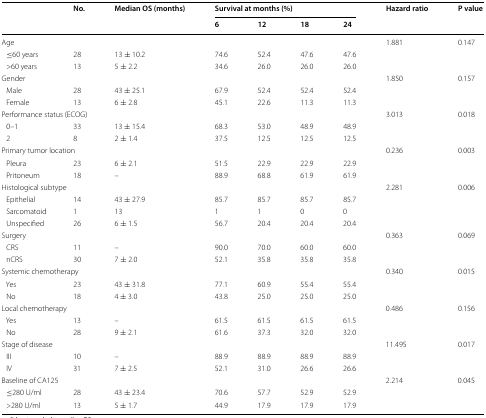
<table><thead><tr><td rowspan="2"></td><td rowspan="2"><b>No.</b></td><td rowspan="2"><b>Median OS (months)</b></td><td colspan="4"><b>Survival at months (%)</b></td><td rowspan="2"><b>Hazard ratio</b></td><td rowspan="2"><b>P value</b></td></tr><tr><td><b>6</b></td><td><b>12</b></td><td><b>18</b></td><td><b>24</b></td></tr></thead><tbody><tr><td colspan="7">Age</td><td>1.881</td><td>0.147</td></tr><tr><td> ≤60 years</td><td>28</td><td>13 ± 10.2</td><td>74.6</td><td>52.4</td><td>47.6</td><td>47.6</td><td></td><td></td></tr><tr><td> &gt;60 years</td><td>13</td><td>5 ± 2.2</td><td>34.6</td><td>26.0</td><td>26.0</td><td>26.0</td><td></td><td></td></tr><tr><td colspan="7">Gender</td><td>1.850</td><td>0.157</td></tr><tr><td> Male</td><td>28</td><td>43 ± 25.1</td><td>67.9</td><td>52.4</td><td>52.4</td><td>52.4</td><td></td><td></td></tr><tr><td> Female</td><td>13</td><td>6 ± 2.8</td><td>45.1</td><td>22.6</td><td>11.3</td><td>11.3</td><td></td><td></td></tr><tr><td colspan="7">Performance status (ECOG)</td><td>3.013</td><td>0.018</td></tr><tr><td> 0–1</td><td>33</td><td>13 ± 15.4</td><td>68.3</td><td>53.0</td><td>48.9</td><td>48.9</td><td></td><td></td></tr><tr><td> 2</td><td>8</td><td>2 ± 1.4</td><td>37.5</td><td>12.5</td><td>12.5</td><td>12.5</td><td></td><td></td></tr><tr><td colspan="7">Primary tumor location</td><td>0.236</td><td>0.003</td></tr><tr><td> Pleura</td><td>23</td><td>6 ± 2.1</td><td>51.5</td><td>22.9</td><td>22.9</td><td>22.9</td><td></td><td></td></tr><tr><td> Pritoneum</td><td>18</td><td>–</td><td>88.9</td><td>68.8</td><td>61.9</td><td>61.9</td><td></td><td></td></tr><tr><td colspan="7">Histological subtype</td><td>2.281</td><td>0.006</td></tr><tr><td> Epithelial</td><td>14</td><td>43 ± 27.9</td><td>85.7</td><td>85.7</td><td>85.7</td><td>85.7</td><td></td><td></td></tr><tr><td> Sarcomatoid</td><td>1</td><td>13</td><td>1</td><td>1</td><td>0</td><td>0</td><td></td><td></td></tr><tr><td> Unspecified</td><td>26</td><td>6 ± 1.5</td><td>56.7</td><td>20.4</td><td>20.4</td><td>20.4</td><td></td><td></td></tr><tr><td colspan="7">Surgery</td><td>0.363</td><td>0.069</td></tr><tr><td> CRS</td><td>11</td><td>–</td><td>90.0</td><td>70.0</td><td>60.0</td><td>60.0</td><td></td><td></td></tr><tr><td> nCRS</td><td>30</td><td>7 ± 2.0</td><td>52.1</td><td>35.8</td><td>35.8</td><td>35.8</td><td></td><td></td></tr><tr><td colspan="7">Systemic chemotherapy</td><td>0.340</td><td>0.015</td></tr><tr><td> Yes</td><td>23</td><td>43 ± 31.8</td><td>77.1</td><td>60.9</td><td>55.4</td><td>55.4</td><td></td><td></td></tr><tr><td> No</td><td>18</td><td>4 ± 3.0</td><td>43.8</td><td>25.0</td><td>25.0</td><td>25.0</td><td></td><td></td></tr><tr><td colspan="7">Local chemotherapy</td><td>0.486</td><td>0.156</td></tr><tr><td> Yes</td><td>13</td><td>–</td><td>61.5</td><td>61.5</td><td>61.5</td><td>61.5</td><td></td><td></td></tr><tr><td> No</td><td>28</td><td>9 ± 2.1</td><td>61.6</td><td>37.3</td><td>32.0</td><td>32.0</td><td></td><td></td></tr><tr><td colspan="7">Stage of disease</td><td>11.495</td><td>0.017</td></tr><tr><td> III</td><td>10</td><td>–</td><td>88.9</td><td>88.9</td><td>88.9</td><td>88.9</td><td></td><td></td></tr><tr><td> IV</td><td>31</td><td>7 ± 2.5</td><td>52.1</td><td>31.0</td><td>26.6</td><td>26.6</td><td></td><td></td></tr><tr><td colspan="7">Baseline of CA125</td><td>2.214</td><td>0.045</td></tr><tr><td> ≤280 U/ml</td><td>28</td><td>43 ± 23.4</td><td>70.6</td><td>57.7</td><td>52.9</td><td>52.9</td><td></td><td></td></tr><tr><td> &gt;280 U/ml</td><td>13</td><td>5 ± 1.7</td><td>44.9</td><td>17.9</td><td>17.9</td><td>17.9</td><td></td><td></td></tr></tbody></table>